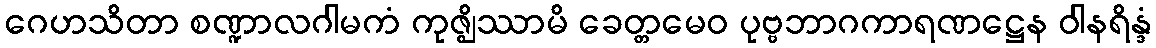
ဂေဟသိတာ စဏ္ဍာလဂါမကံ ကုဇ္ဈိဿာမိ ခေတ္တမေဝ ပုဗ္ဗဘာဂကာရဏဋ္ဌေန ဝါနရိန္ဒံ